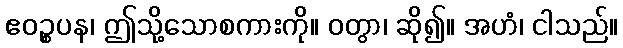
ဧဝဉ္စပန၊ ဤသို့သောစကားကို။ ဝတွာ၊ ဆို၍။ အဟံ၊ ငါသည်။